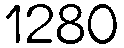
1280